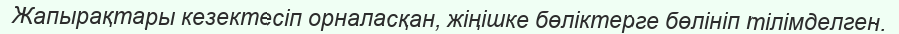
Жапырақтары кезектесіп орналасқан, жіңішке бөліктерге бөлініп тілімделген.